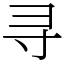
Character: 寻